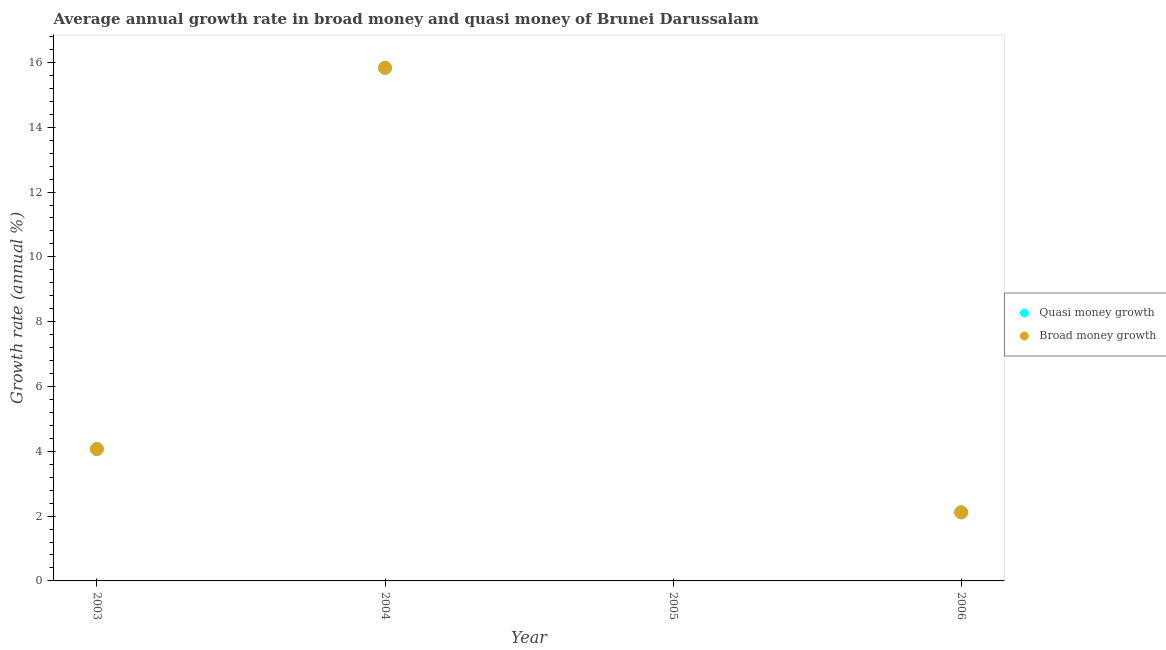
| Year | Quasi money growth | Broad money growth |
 | --- | --- | --- |
 | 2003 | 4.07 | 4.07 |
 | 2004 | 15.8 | 15.8 |
 | 2005 | -4.5 | -4.5 |
 | 2006 | 2.12 | 2.12 |